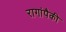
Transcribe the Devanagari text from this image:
रागांपैकी